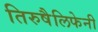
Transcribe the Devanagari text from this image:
तिरुषैलिफेनी